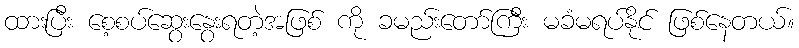
ထားပြီး စေ့စပ်ဆွေးနွေးရတဲ့အဖြစ် ကို ခမည်းတော်ကြီး မခံမရပ်နိုင် ဖြစ်နေတယ်။